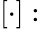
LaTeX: [\cdot]: